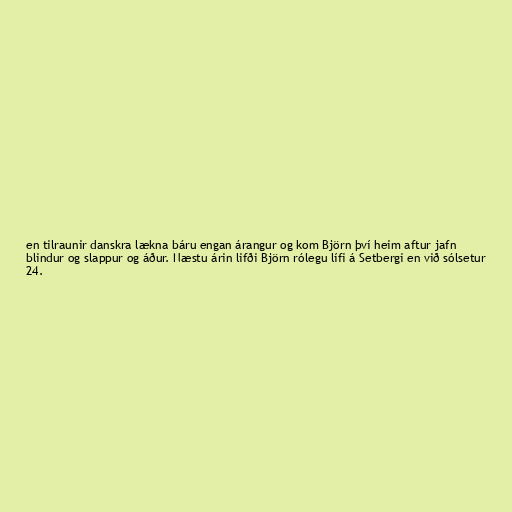
en tilraunir danskra lækna báru engan árangur og kom Björn því heim aftur jafn
blindur og slappur og áður. Næstu árin lifði Björn rólegu lífi á Setbergi en við sólsetur
24.